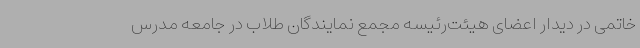
خاتمی در دیدار اعضای هیئت‌رئیسه مجمع نمایندگان طلاب در جامعه مدرس